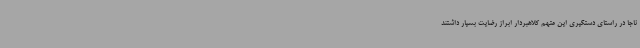
ناجا در راستای دستگیری این متهم کلاهبردار ابراز رضایت بسیار داشتند